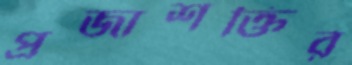
প্রজাশক্তির